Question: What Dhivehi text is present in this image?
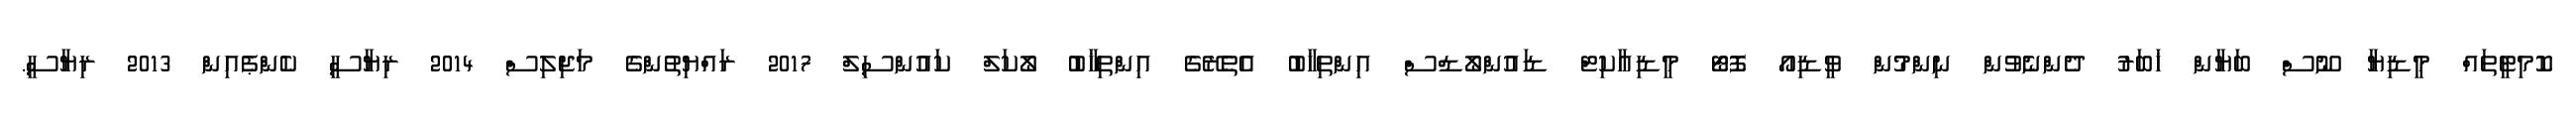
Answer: ކޮމިޓީތައް މީޑިޔާ ނޫސް ބަޔާން ޚަބަރު ދެންނެވުން ނިންމުން ވީޑިއޯ ފޮޓޯ މީޑިއާކިޓް ޑައުންލޯޑްސް އިންތިޚާބު އެތެރޭގެ އިންތިޚާބު ލޯކަލް ކައުންސިލް 2017 ރައްޔިތުންގެ މަޖިލިސް 2014 ރިޔާސީ ކެންޕެއިން 2013 ރިޔާސީ.